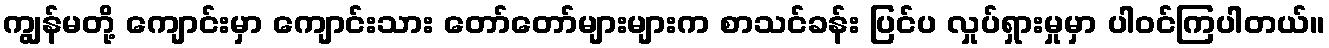
ကျွန်မတို့ ကျောင်းမှာ ကျောင်းသား တော်တော်များများက စာသင်ခန်း ပြင်ပ လှုပ်ရှားမှုမှာ ပါဝင်ကြပါတယ်။